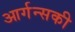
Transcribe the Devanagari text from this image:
आर्गन्सकी